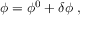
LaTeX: \phi = \phi ^ { 0 } + \delta \phi \; ,